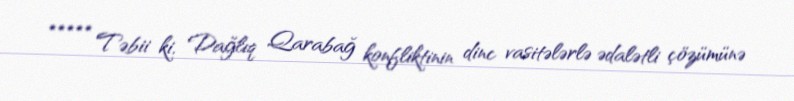
***** Təbii ki, Dağlıq Qarabağ konfliktinin dinc vasitələrlə ədalətli çözümünə